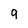
Character: 9